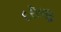
દરીજી